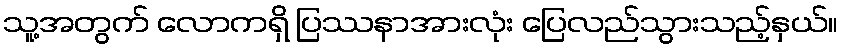
သူ့အတွက် လောကရှိ ပြဿနာအားလုံး ပြေလည်သွားသည့်နှယ်။